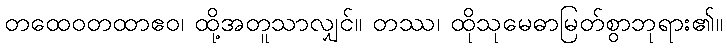
တထေဝတထာဧဝ၊ ထို့အတူသာလျှင်။ တဿ၊ ထိုသုမေဓာမြတ်စွာဘုရား၏။